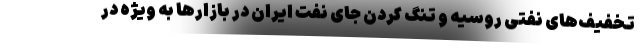
تخفیف‌های نفتی روسیه و تنگ كردن جای نفت ایران در بازارها به ویژه در